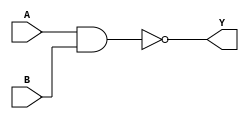
//2022-7-21 Shin
//nand_gate_4bits;
`timescale 1ns/10ps

module nand_gate_4bits(A, B, Y);
    input[3:0]  A;
    input[3:0]  B;
    output[3:0] Y;

    assign Y = ~(A&B);
endmodule


//testbench of nand_gate
module nand_gate_4bits_tb;
    reg[3:0]     aa,bb;
    wire[3:0]    yy;

    nand_gate_4bits nand_gate_4bits(.A(aa),.B(bb),.Y(yy));

    initial begin
        #00 aa<=4'b0000; bb<=4'b1111;
        #10 aa<=4'b0010; bb<=4'b0110;
        #10 aa<=4'b0111; bb<=4'b0100;
        #10 aa<=4'b0000; bb<=4'b1110;
        #10 $stop;
    end
endmodule